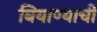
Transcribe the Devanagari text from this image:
बियाण्याची